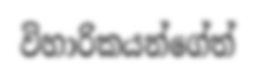
විහාරිකයන්ගේත්